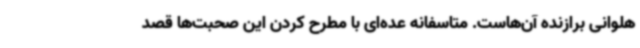
هلوانی برازنده آن‌هاست. متاسفانه عده‌ای با مطرح کردن این صحبت‌ها قصد